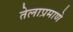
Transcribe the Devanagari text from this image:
तेलाप्रमाणे